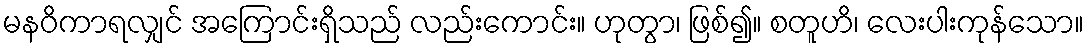
မနဝိကာရလျှင် အကြောင်းရှိသည် လည်းကောင်း။ ဟုတွာ၊ ဖြစ်၍။ စတူဟိ၊ လေးပါးကုန်သော။